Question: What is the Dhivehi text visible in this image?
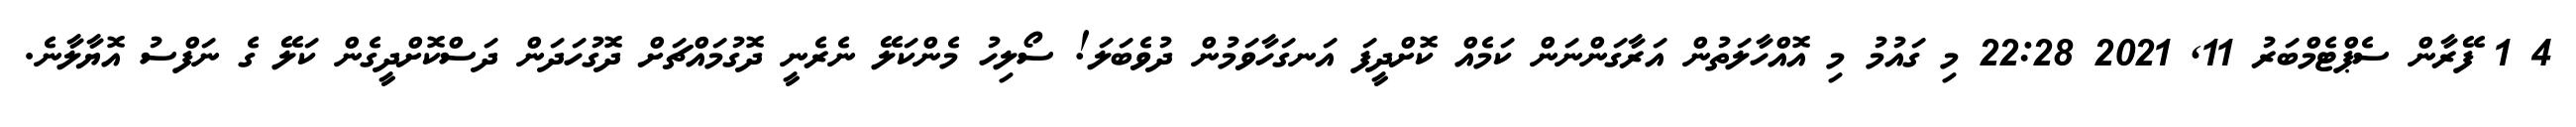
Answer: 4 1 ފޭރާން ސެޕްޓެމްބަރު 11, 2021 22:28 މި ގައުމު މި އޮއްހާލަތުން އަރާގަންނަން ކަމެއް ކޮށްދީފަ އަނގަހާވަމުން ދުވެބަލަ! ސޯލިހު މެންކަލޭ ނެރެނީ ދޮގުމައްޗަށް ދޮގުހަދަން ދަސްކޮށްދީގެން ކަލޭ ގެ ނަފްސު އޮޔާލާނެ.